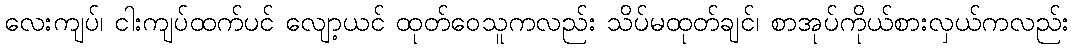
လေးကျပ်၊ ငါးကျပ်ထက်ပင် လျော့ယင် ထုတ်ဝေသူကလည်း သိပ်မထုတ်ချင်၊ စာအုပ်ကိုယ်စားလှယ်ကလည်း